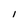
Character: l